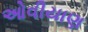
ઓવીયાણ